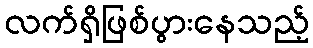
လက်ရှိဖြစ်ပွားနေသည့်